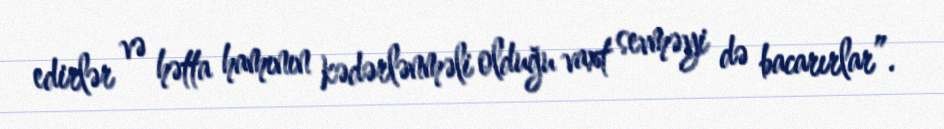
edirlər və hətta hamının kədərlənməli olduğu vaxt sevməyi də bacarırlar”.